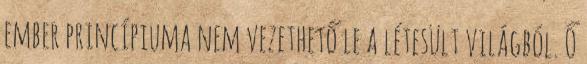
ember princípiuma nem vezethető le a létesült világból. Ő